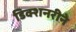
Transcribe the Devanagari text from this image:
डिक्शनरीने